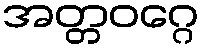
အတ္တဝဂ္ဂေ